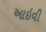
આઇવી